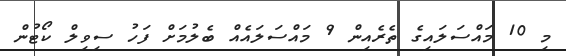
މި 10 މައްސަލައިގެ ތެރެއިން 9 މައްސަލައެއް ބެލުމަށް ފަހު ސިވިލް ކޯޓުން